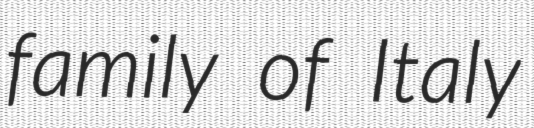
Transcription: family of Italy